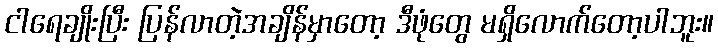
ငါရေချိုးပြီး ပြန်လာတဲ့အချိန်မှာတော့ ဒီဖုံတွေ မရှိလောက်တော့ပါဘူး။